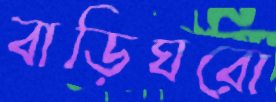
বাড়িঘরো